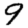
Digit: 9